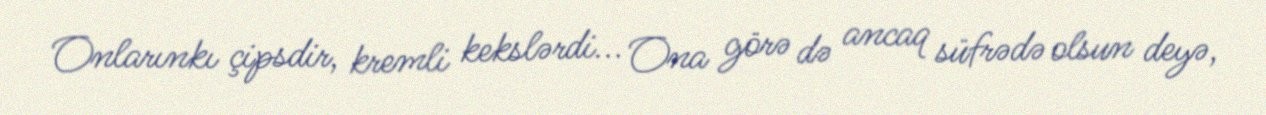
Onlarınkı çipsdir, kremli kekslərdi... Ona görə də ancaq süfrədə olsun deyə,